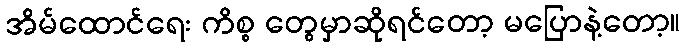
အိမ်ထောင်ရေး ကိစ္စ တွေမှာဆိုရင်တော့ မပြောနဲ့တော့။